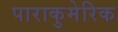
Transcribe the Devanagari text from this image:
पाराकुमेरिक